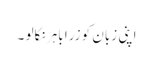
اپنی زبان کو زرا باہر نکالو ۔